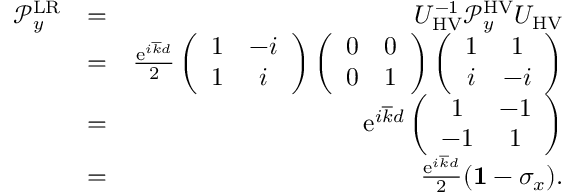
\begin{array} { r l r } { \mathcal { P } _ { y } ^ { \mathrm { L R } } } & { = } & { U _ { \mathrm { H V } } ^ { - 1 } \mathcal { P } _ { y } ^ { \mathrm { H V } } U _ { \mathrm { H V } } } \\ & { = } & { \frac { \mathrm { e } ^ { i \overline { { k } } d } } { 2 } \left( \begin{array} { c c } { 1 } & { - i } \\ { 1 } & { i } \end{array} \right) \left( \begin{array} { c c } { 0 } & { 0 } \\ { 0 } & { 1 } \end{array} \right) \left( \begin{array} { c c } { 1 } & { 1 } \\ { i } & { - i } \end{array} \right) } \\ & { = } & { \mathrm { e } ^ { i \overline { { k } } d } \left( \begin{array} { c c } { 1 } & { - 1 } \\ { - 1 } & { 1 } \end{array} \right) } \\ & { = } & { \frac { \mathrm { e } ^ { i \overline { { k } } d } } { 2 } ( { \bf 1 } - \sigma _ { x } ) . } \end{array}